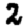
Digit: 2